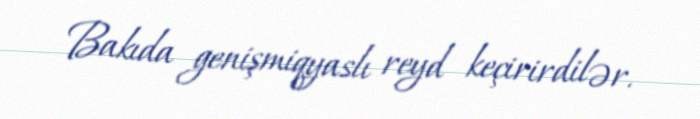
Bakıda genişmiqyaslı reyd keçirirdilər.